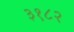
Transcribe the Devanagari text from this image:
३१८२